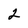
Character: 2